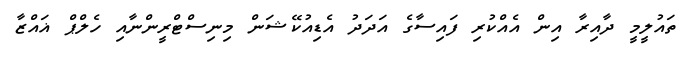
ތައުލީމީ ދާއިރާ އިން އެއްކުރި ފައިސާގެ އަދަދު އެޑިއުކޭޝަން މިނިސްޓްރީންނާއި ހެލްޕް ޣައްޒާ